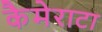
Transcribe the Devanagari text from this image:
कैमेराटा